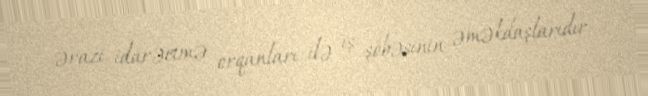
ərazi idarəetmə orqanları ilə iş şöbəsinin əməkdaşlarıdır.